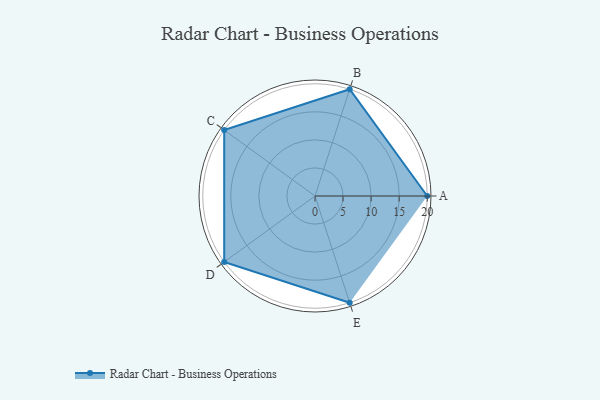
{"axis": {"x": "Skill", "y": "Score"}, "legend": ["Profile"], "data": [{"x": "A", "y": 20, "type": "Profile"}, {"x": "B", "y": 20, "type": "Profile"}, {"x": "C", "y": 20, "type": "Profile"}, {"x": "D", "y": 20, "type": "Profile"}, {"x": "E", "y": 20, "type": "Profile"}]}